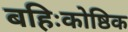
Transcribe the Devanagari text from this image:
बहिःकोष्ठिक